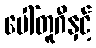
ပေါ်တူဂီနှင့်